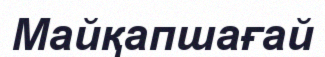
Майқапшағай